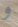
و